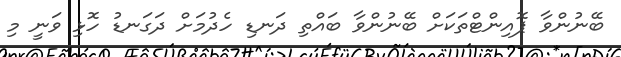
ބޭނުންވާ ޕޮއިންޓްތަކަށް ބޭނުންވާ ބައްތި ދަނޑި ހެދުމަށް ދަގަނޑު ހޮޅި ވަނީ މި